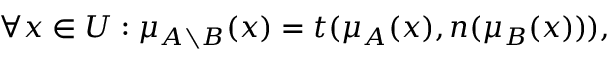
\forall x \in { U } : \mu _ { A \setminus { B } } ( x ) = t ( \mu _ { A } ( x ) , n ( \mu _ { B } ( x ) ) ) ,